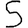
Digit: 5